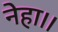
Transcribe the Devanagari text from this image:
नेहा।।